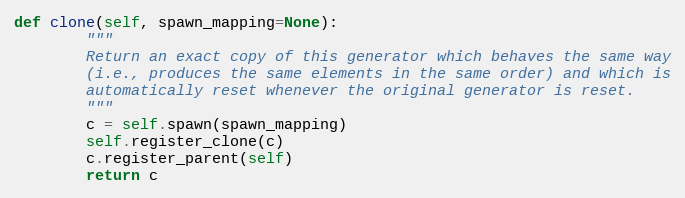
Language: Python
def clone(self, spawn_mapping=None):
        """
        Return an exact copy of this generator which behaves the same way
        (i.e., produces the same elements in the same order) and which is
        automatically reset whenever the original generator is reset.
        """
        c = self.spawn(spawn_mapping)
        self.register_clone(c)
        c.register_parent(self)
        return c